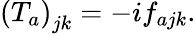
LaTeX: \left(T_{a}\right)_{jk}=-if_{ajk}.